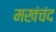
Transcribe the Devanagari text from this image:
मखंचंद